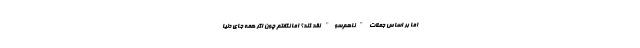
اما بر اساس جملات "ناهم‌سو" نقد کند؟ اما نگفتم چون اگر همه جای دنیا